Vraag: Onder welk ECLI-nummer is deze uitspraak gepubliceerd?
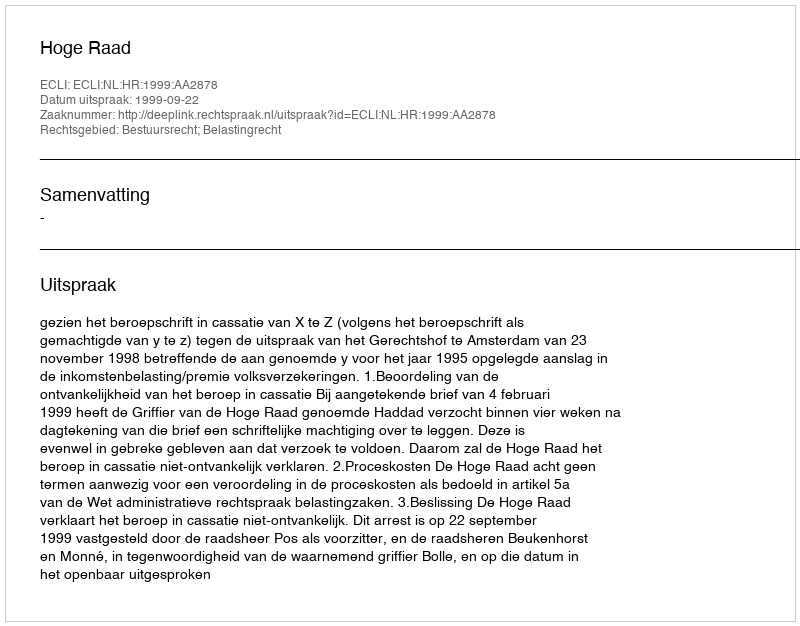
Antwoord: ECLI:NL:HR:1999:AA2878